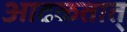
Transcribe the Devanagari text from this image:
आढळतात्